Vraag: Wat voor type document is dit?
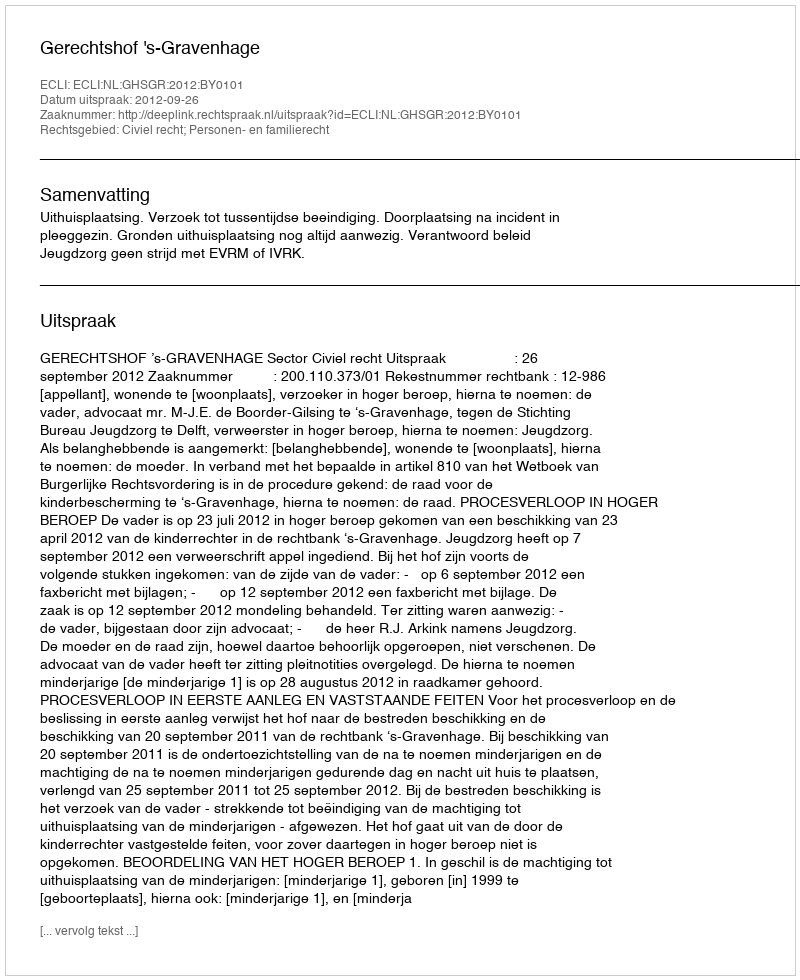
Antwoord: Uitspraak